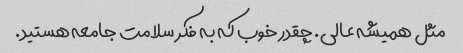
مثل همیشه عالی. چقدر خوب که به فکر سلامت جامعه هستید.